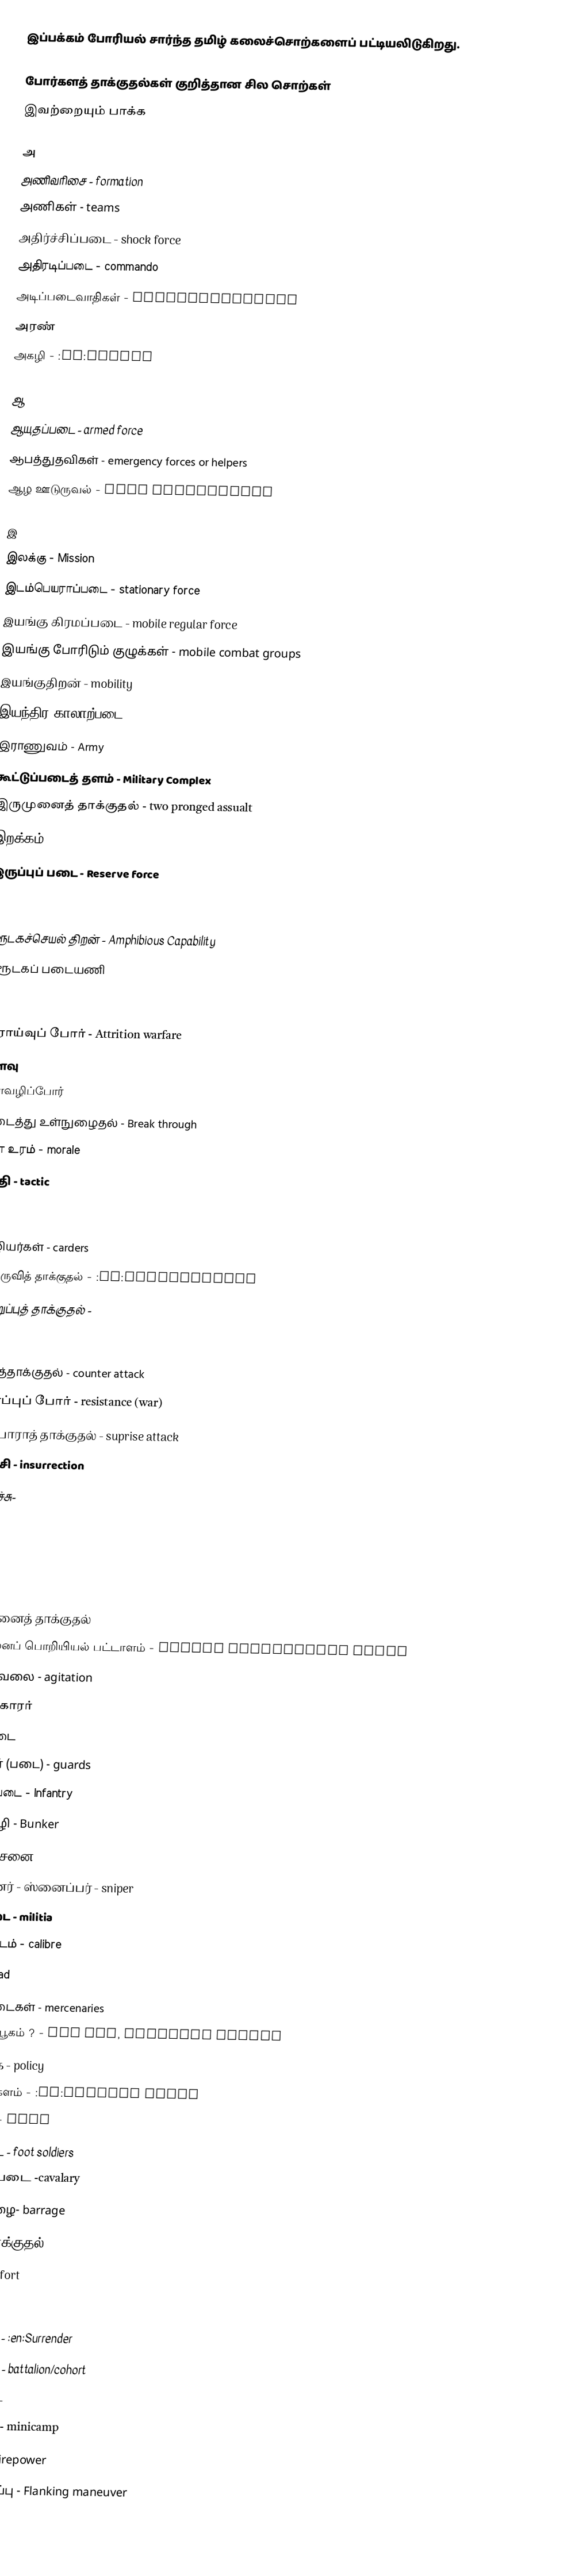
இப்பக்கம் போரியல் சார்ந்த தமிழ் கலைச்சொற்களைப் பட்டியலிடுகிறது.

போர்களத் தாக்குதல்கள் குறித்தான சில சொற்கள்
இவற்றையும் பாக்க

அ
 அணிவரிசை - formation
 அணிகள்  -  teams
 அதிர்ச்சிப்படை  -  shock force
 அதிரடிப்படை  -  commando
 அடிப்படைவாதிகள் - fundamentalists
 அரண்
 அகழி - :en:Trench

ஆ
 ஆயுதப்படை  -  armed force
 ஆபத்துதவிகள் - emergency forces or helpers
 ஆழ ஊடுருவல் - Deep Penetration

இ
 இலக்கு - Mission
 இடம்பெயராப்படை  -  stationary force
 இயங்கு கிரமப்படை  -  mobile regular force
 இயங்கு போரிடும் குழுக்கள்  -  mobile combat groups
 இயங்குதிறன்  -  mobility
 இயந்திர காலாற்படை - Mechanized Infantry
 இராணுவம் - Army
 கூட்டுப்படைத் தளம் - Military Complex
 இருமுனைத் தாக்குதல் - two pronged assualt
 இறக்கம் - (troop) deployment
 இருப்புப் படை - Reserve force

ஈ
 ஈரூடகச்செயல் திறன் - Amphibious Capability
 ஈரூடகப் படையணி

உ
 உராய்வுப் போர் - Attrition warfare
 உளவு
 உளவழிப்போர்
 உடைத்து உள்நுழைதல் - Break through
 உள உரம்  -  morale
 உத்தி - tactic

ஊ
 ஊழியர்கள்  -  carders
 ஊடுருவித் தாக்குதல் - :en:Inflitration
 ஊடறுப்புத் தாக்குதல் -

எ
 எதிர்த்தாக்குதல்  -  counter attack
 எதிர்ப்புப் போர்  -  resistance (war)
 எதிர்பாராத் தாக்குதல்  -  suprise attack
 எழுச்சி  -  insurrection
 எறி வீச்சு-

க
 களம்
 களரி
 களமுனைத் தாக்குதல்
 களமுனைப் பொறியியல் பட்டாளம் - Combat Engineering Corps
 கலகவேலை  -  agitation
 கலக்ககாரர்
 கடற்படை
 காவலர் (படை) - guards
 காலாற்படை - Infantry
 காப்பகழி - Bunker
 கிராம சேனை - regular army
 குறிசுடுனர் - ஸ்னைப்பர் - sniper
 குடிப்படை - militia
 குழல்விட்டம் - calibre
 குழு - squad
 கூலிப்படைகள் - mercenaries
 பெட்டி வியூகம் ? - box out, Infantry square
 கொள்கை - policy
 கொலைக் களம் - :en:Killing filed
 கடற்படை - navy
 காலாட்படை - foot soldiers
 குதிரைப்படை -cavalary
 குண்டு மழை- barrage
 கரந்தடி தாக்குதல்- guerrilla warefare
 கோட்டை - fort

ச
 சரணடைதல் - :en:Surrender
 சண்டையணி - battalion/cohort
 சிறப்புப் படை - special forces
 சிறுமுகாம் - minicamp
 சுடுதிறன் - firepower
 சுற்றிவளைப்பு - Flanking maneuver
 சுற்றுக்காவல் - :en